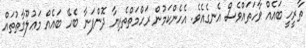
ތާރީހީ ބައެއް ވާހަތައްވެސް އެނގެއެވެ. އެހެންކަމުން ރަހްމަތްތެރިޔާ ދޮންފަނާ ބެހޭ ބައެއް މަޢުލޫމާތުތައް